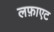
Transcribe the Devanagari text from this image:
लफ़ाएट